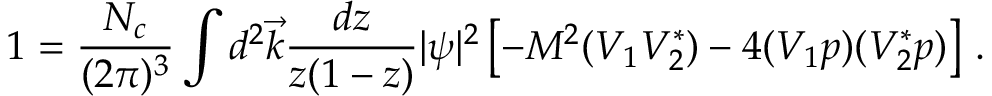
1 = { \frac { N _ { c } } { ( 2 \pi ) ^ { 3 } } } \int d ^ { 2 } \vec { k } { \frac { d z } { z ( 1 - z ) } } | \psi | ^ { 2 } \left[ - M ^ { 2 } ( V _ { 1 } V _ { 2 } ^ { * } ) - 4 ( V _ { 1 } p ) ( V _ { 2 } ^ { * } p ) \right] \, .